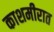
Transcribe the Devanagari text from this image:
काशमीरात